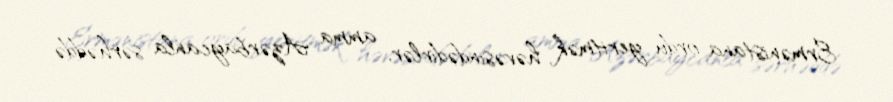
Ermənistana ordu yeritmək həvəsindədirlər, amma Azərbaycanla sərhəddə